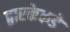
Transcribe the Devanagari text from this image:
द्वारकेकडे